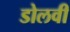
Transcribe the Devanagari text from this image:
डोलवी